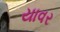
યાવર